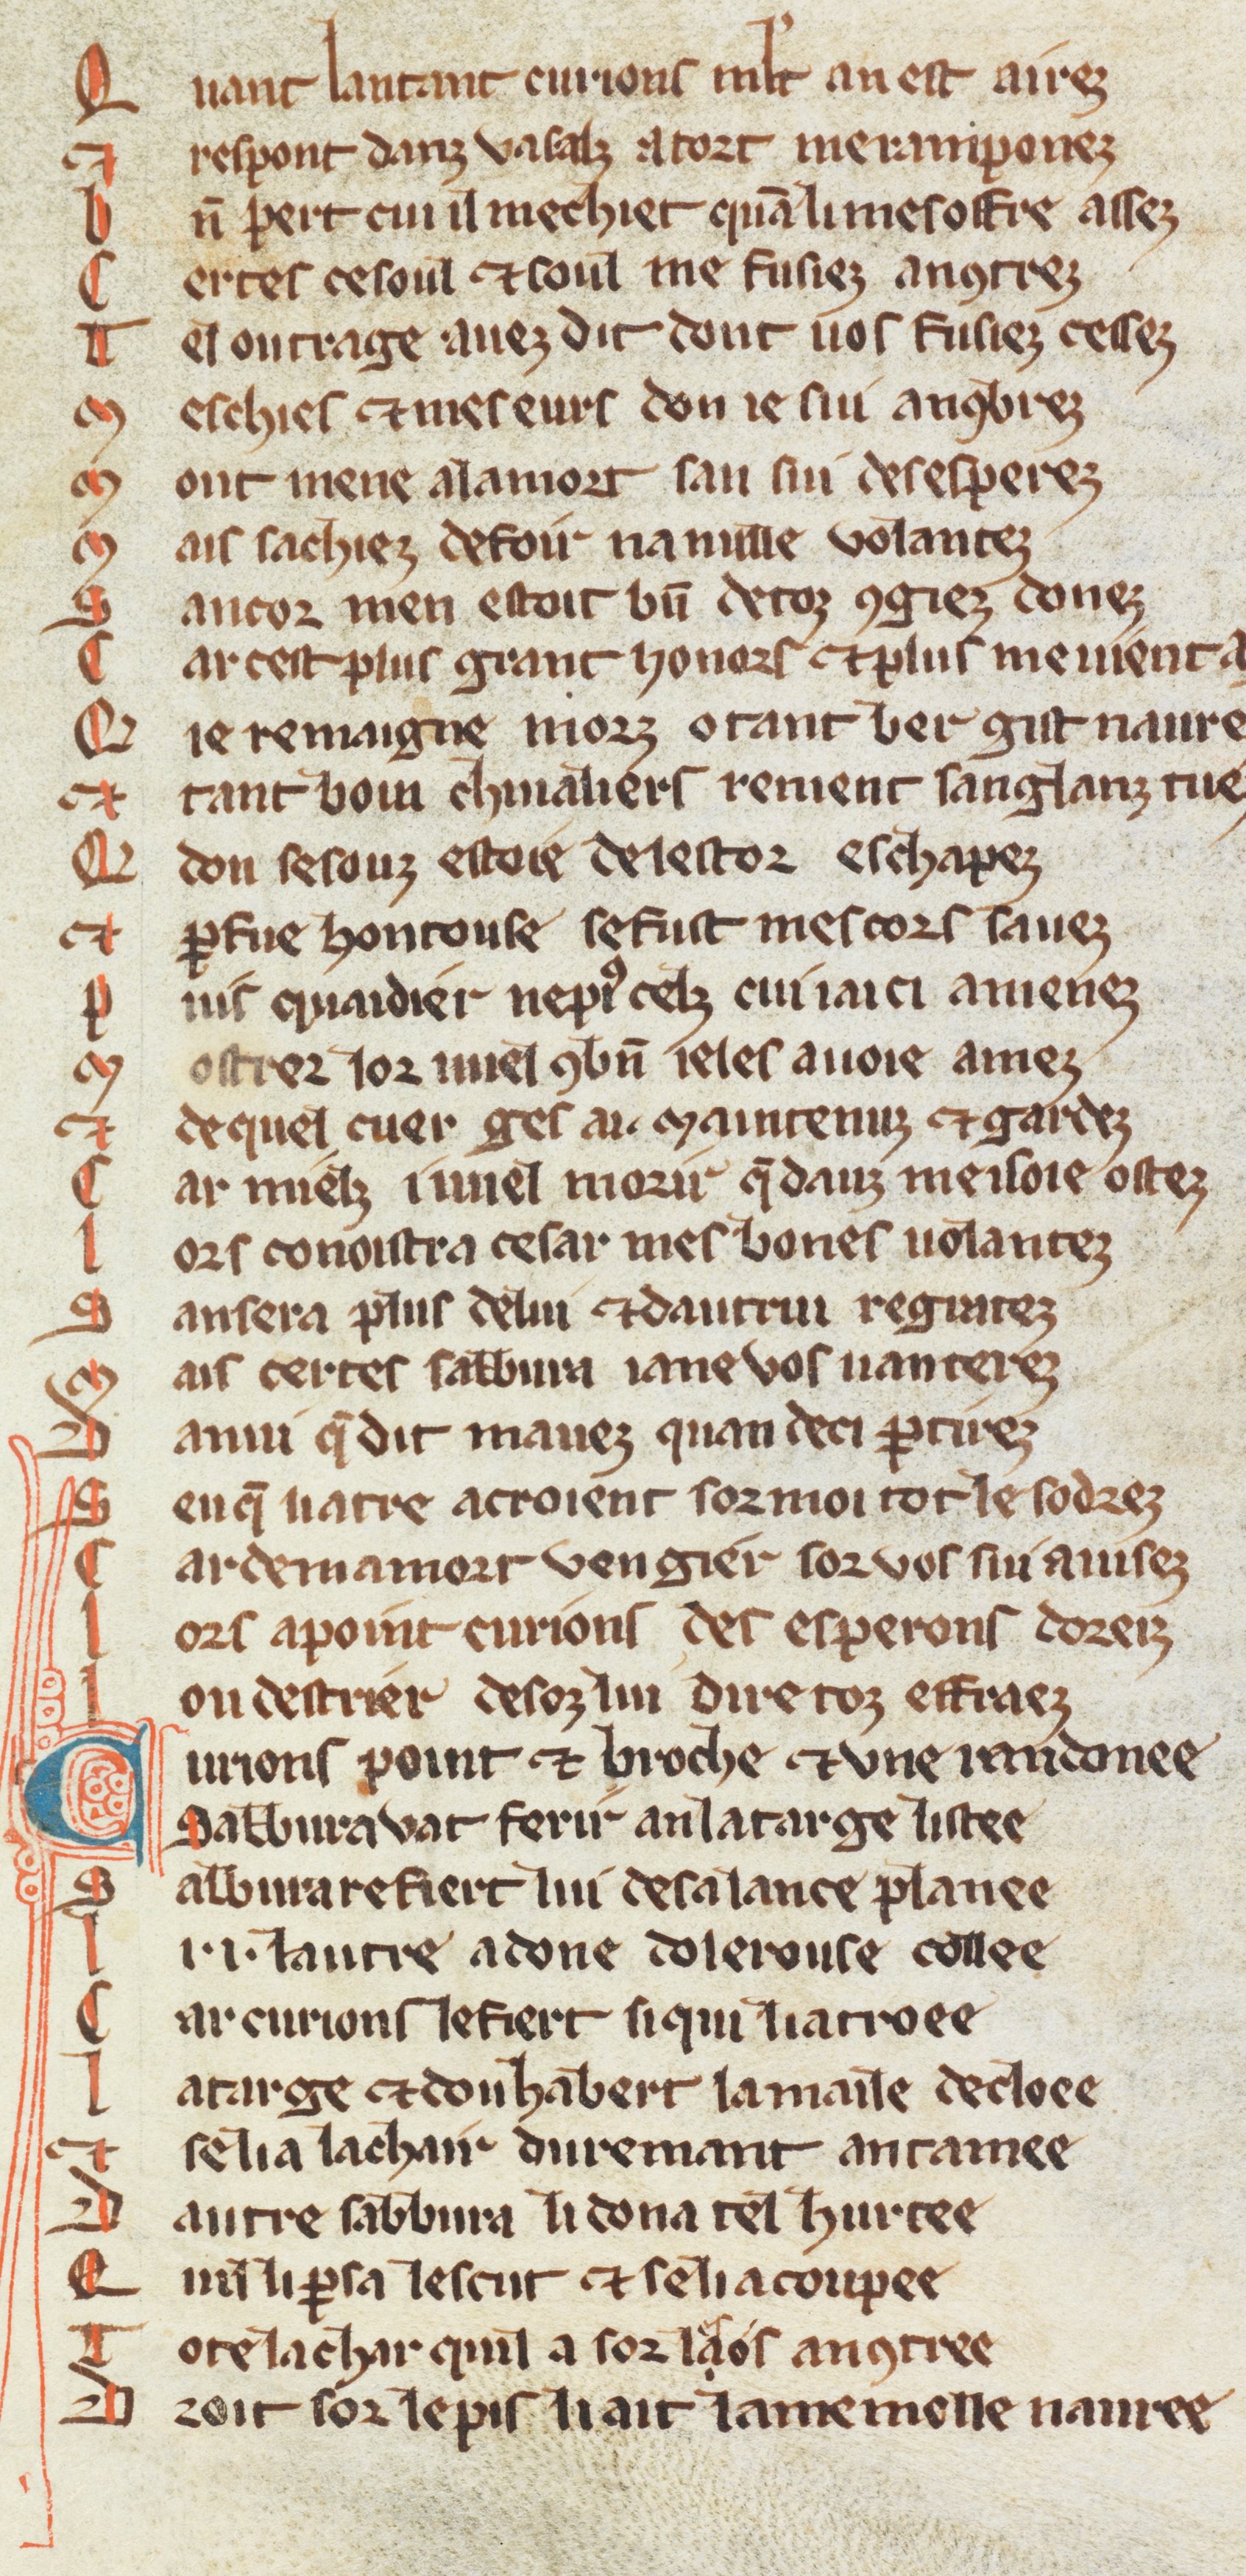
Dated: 1270–1330